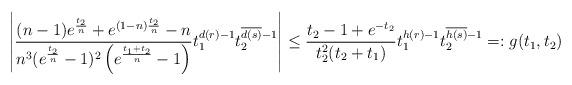
LaTeX: \begin{align*}\left\vert \frac{(n-1)e^{\frac{t_{2}}{n}}+e^{(1-n)\frac{t_{2}}{n}}-n}{n^{3} (e^{\frac{t_{2}}{n}}-1)^2 \left( e^{\frac{t_{1}+t_{2}}{n}}-1 \right) }t_{1}^{d(r)-1} t_{2}^{\overline{d(s)}-1}\right \vert\leq \frac{t_{2}-1+e^{-t_{2}}}{t_{2}^2(t_{2}+t_{1})}t_{1}^{h(r)-1} t_{2}^{\overline{h(s)}-1}=:g(t_{1},t_{2})\end{align*}